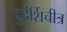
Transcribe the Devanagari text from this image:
दुर्दर्शिचीत्र